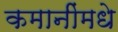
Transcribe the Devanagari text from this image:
कमानींमधे